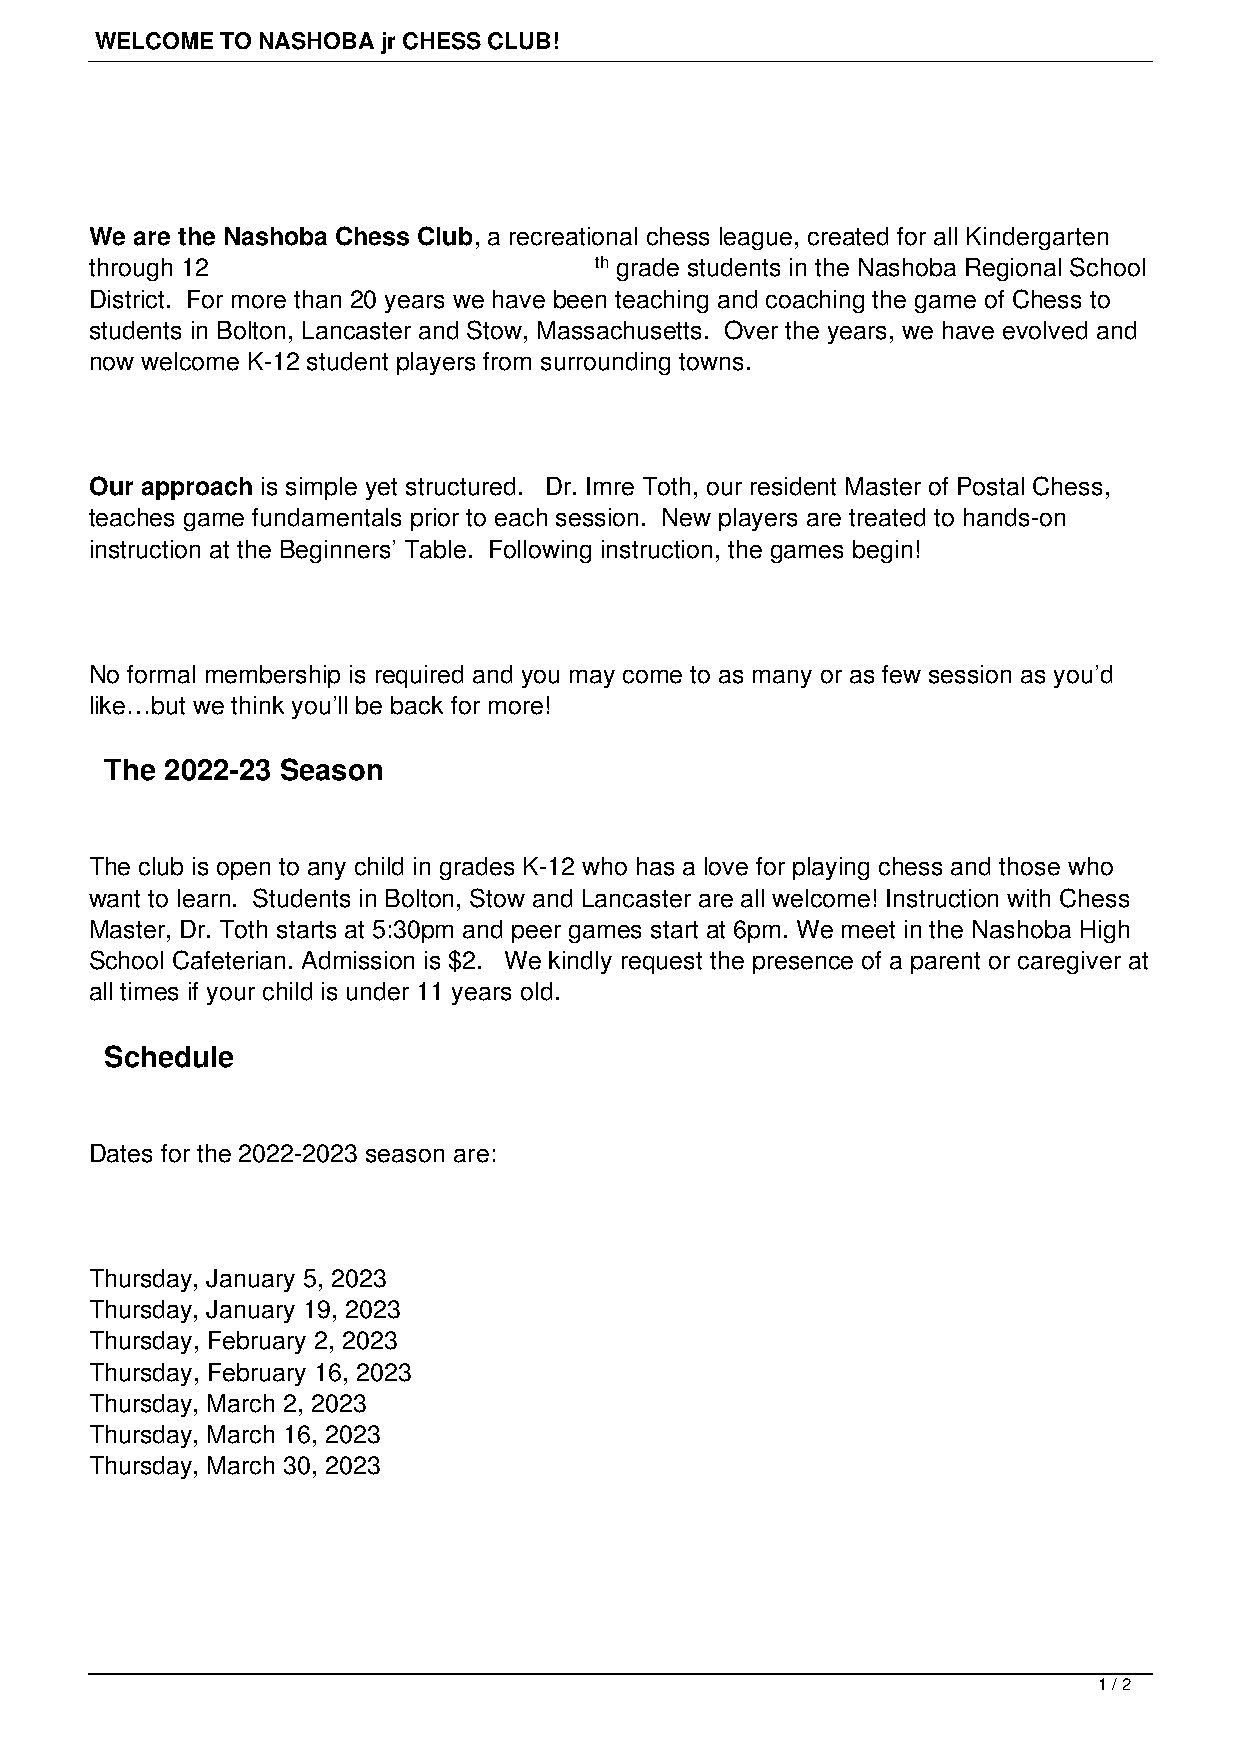
WELCOME  TO NASHOBA jr CHESS CLUB!
 We are the Nashoba Chess Club, a recreational chess league, created for all Kindergarten
 through 12                       th grade students in the Nashoba Regional School
 District. For more than 20 years we have been teaching and coaching the game of Chess to
 students in Bolton, Lancaster and Stow, Massachusetts. Over the years, we have evolved and
 now welcome K-12 student players from surrounding towns.
 Our approach is simple yet structured. Dr. Imre Toth, our resident Master of Postal Chess,
 teaches game fundamentals prior to each session. New players are treated to hands-on
 instruction at the Beginners’ Table. Following instruction, the games begin!
 No formal membership is required and you may come to as many or as few session as you’d
 like…but we think you’ll be back for more!
 The 2022-23 Season
 The club is open to any child in grades K-12 who has a love for playing chess and those who
 want to learn. Students in Bolton, Stow and Lancaster are all welcome! Instruction with Chess
 Master, Dr. Toth starts at 5:30pm and peer games start at 6pm. We meet in the Nashoba High
 School Cafeterian. Admission is $2. We kindly request the presence of a parent or caregiver at
 all times if your child is under 11 years old.
 Schedule
 Dates for the 2022-2023 season are:
 Thursday, January 5, 2023
 Thursday, January 19, 2023
 Thursday, February 2, 2023
 Thursday, February 16, 2023
 Thursday, March 2, 2023
 Thursday, March 16, 2023
 Thursday, March 30, 2023
 1 / 2